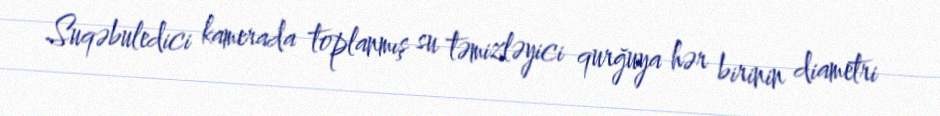
Suqəbuledici kamerada toplanmış su təmizləyici qurğuya hər birinin diametri